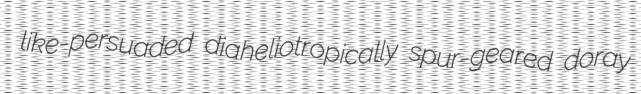
like-persuaded diaheliotropically spur-geared doray